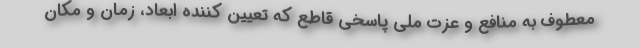
معطوف به منافع و عزت ملی پاسخی قاطع که تعیین کننده ابعاد، زمان و مکان